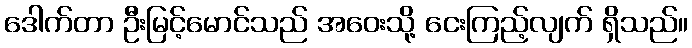
ဒေါက်တာ ဦးမြင့်မောင်သည် အဝေးသို့ ငေးကြည့်လျက် ရှိသည်။